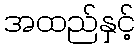
အထည်နှင့်